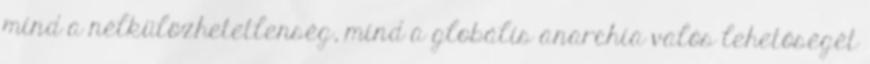
mind a nélkülözhetetlenség, mind a globális anarchia valós lehetőségét